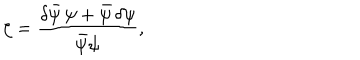
\zeta = \frac { \delta \bar { \psi } \, \psi + \bar { \psi } \, \delta \psi } { \bar { \psi } \psi } ,